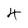
Character: 4